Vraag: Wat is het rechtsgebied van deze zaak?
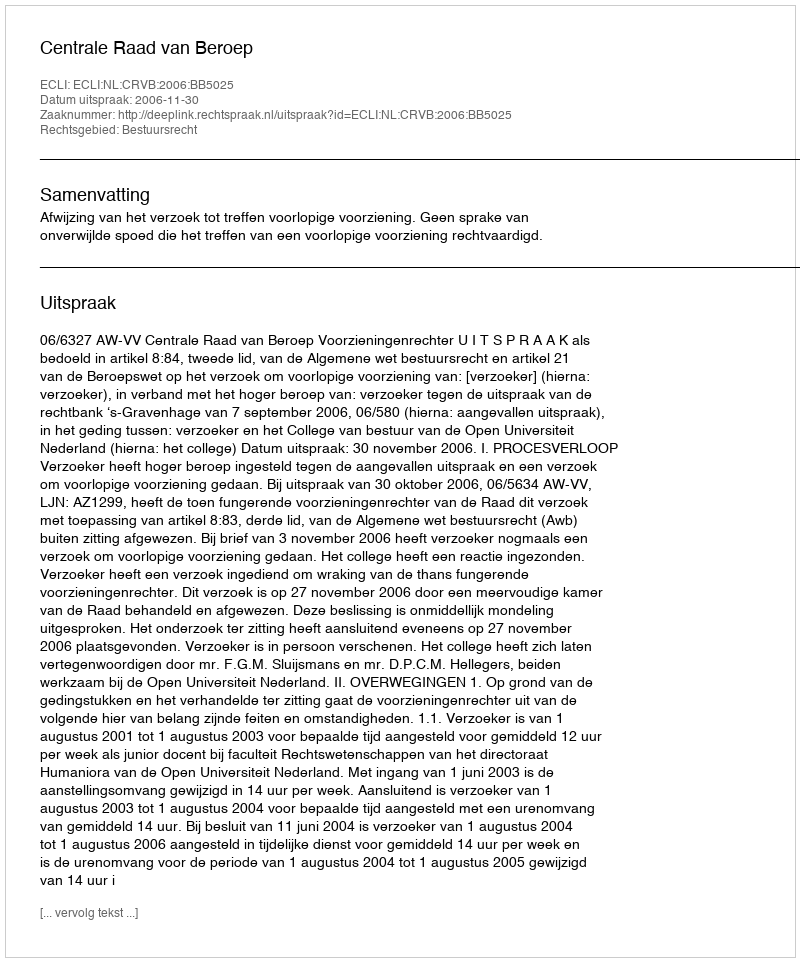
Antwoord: Bestuursrecht